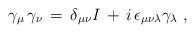
LaTeX: \begin{align*}\gamma_\mu \,\gamma_\nu \,=\, \delta_{\mu\nu} I \,+ \, i \,\epsilon_{\mu\nu\lambda} \gamma_\lambda \;,\end{align*}